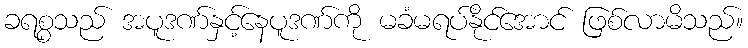
ခရစ္စသည် အပူဒဏ်နှင့်နေပူဒဏ်ကို မခံမရပ်နိုင်အောင် ဖြစ်လာမိသည်။